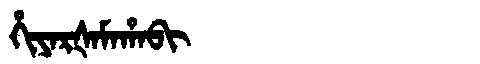
Manchu: ᡥᡳᠶᠠᡵᡧᠠᠮᠠᡥᠠᠪᡳ
Romanization: HIYARŠAMAHABI